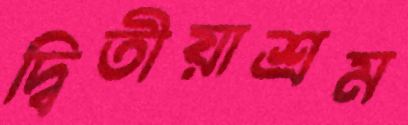
দ্বিতীয়াশ্রম